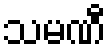
သမဏီ